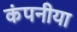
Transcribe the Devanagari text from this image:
कंपनीया